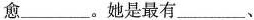
愈___。她是最有___、